Civil Veterinary Department Bengal reports 1933-51 - 1933-1951
Year: 1933
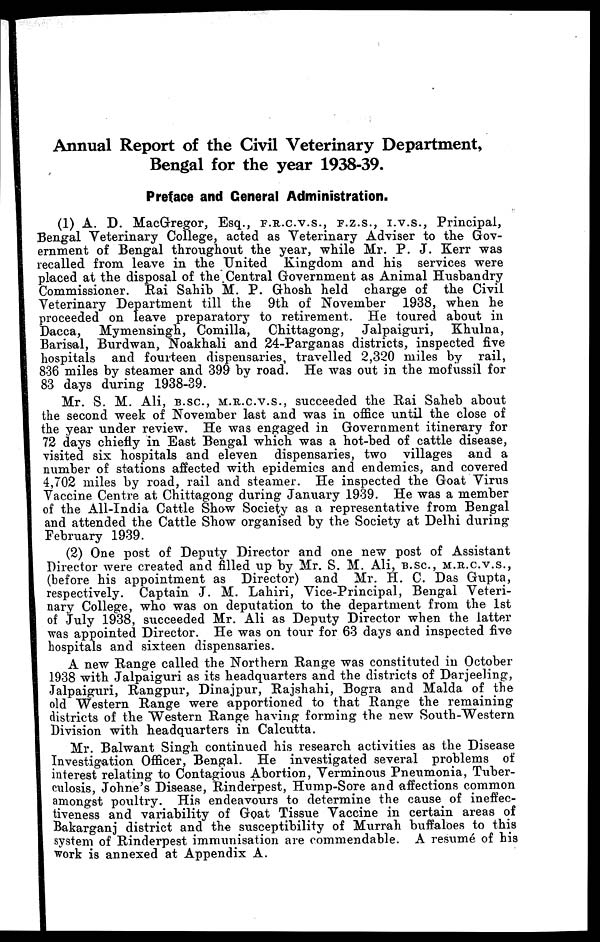
Annual Report of the Civil Veterinary Department,
Bengal for the year 1938-39.
Preface and General Administration.
(1) A. D. MacGregor, Esq., F.R.C.V.S., F.Z.S., I.V.S., Principal,
Bengal Veterinary College, acted as Veterinary Adviser to the Gov-
ernment of Bengal throughout the year, while Mr. P. J. Kerr was
recalled from leave in the United Kingdom and his services were
placed at the disposal of the Central Government as Animal Husbandry
Commissioner. Rai Sahib M. P. Ghosh held charge of the Civil
Veterinary Department till the 9th of November 1938, when he
proceeded on leave preparatory to retirement. He toured about in
Dacca, Mymensingh, Comilla, Chittagong, Jalpaiguri,
Khulna,
Barisal, Burdwan, Noakhali and 24-Parganas districts, inspected five
hospitals and fourteen dispensaries, travelled 2,320 miles by rail,
836 miles by steamer and 399 by road. He was out in the mofussil for
83 days during 1938-39.
Mr. S. M. Ali, B.SC, M.R.C.V.S., succeeded the Rai Saheb about
the second week of November last and was in office until the close of
the year under review. He was engaged in Government itinerary for
72 days chiefly in East Bengal which was a hot-bed of cattle disease,
visited six hospitals and eleven dispensaries, two villages and a
number of stations affected with epidemics and endemics, and covered
4,702 miles by road, rail and steamer. He inspected the Goat Virus
Vaccine Centre at Chittagong during January 1939. He was a member
of the All-India Cattle Show Society as a representative from Bengal
and attended the Cattle Show organised by the Society at Delhi during
February 1939.
(2) One post of Deputy Director and one new post of Assistant
Director were created and filled up by Mr. S. M. Ali, B.SC, M.R.C.V.S.,
(before his appointment as Director) and Mr. H. C. Das Gupta,
respectively. Captain J. M. Lahiri, Vice-Principal, Bengal Veteri-
nary College, who was on deputation to the department from the 1st
of July 1938, succeeded Mr. Ali as Deputy Director when the latter
was appointed Director. He was on tour for 63 days and inspected five
hospitals and sixteen dispensaries.
A new Range called the Northern Range was constituted in October
1938 with Jalpaiguri as its headquarters and the districts of Darjeeling,
Jalpaiguri, Rangpur, Dinajpur, Rajshahi, Bogra and Malda of the
old Western Range were apportioned to that Range the remaining
districts of the Western Range having forming the new South-Western
Division with headquarters in Calcutta.
Mr. Balwant Singh continued his research activities as the Disease
Investigation Officer, Bengal. He investigated several problems of
interest relating to Contagious Abortion, Verminous Pneumonia, Tuber-
culosis, Johne's Disease, Rinderpest, Hump-Sore and affections common
amongst poultry. His endeavours to determine the cause of ineffec-
tiveness and variability of Goat Tissue Vaccine in certain areas of
Bakarganj district and the susceptibility of Murrah buffaloes to this
system of Rinderpest immunisation are commendable. A resume of his
work is annexed at Appendix A.